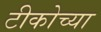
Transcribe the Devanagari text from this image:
टीकोच्या